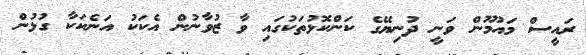
ރައީސް މައުމޫން ވަނީ ދުނިޔޭގެ ކަންކޮޅުތަކުގައި ވާ ޒުވާނުން އެކަކު އަނެކަކާ ގުޅުން